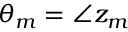
\theta _ { m } = \angle z _ { m }